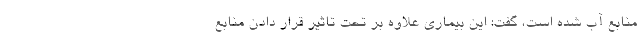
منابع آب شده است، گفت: این بیماری علاوه بر تحت تاثیر قرار دادن منابع